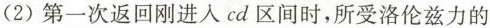
(2)第一次返回刚进入cd区间时，所受洛伦兹力的